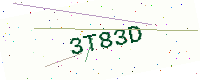
Text: 3T83D